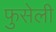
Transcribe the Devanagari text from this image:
फुसेली